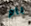
بام